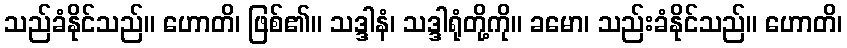
သည်ခံနိုင်သည်။ ဟောတိ၊ ဖြစ်၏။ သဒ္ဒါနံ၊ သဒ္ဒါရုံတို့ကို။ ခမော၊ သည်းခံနိုင်သည်။ ဟောတိ၊